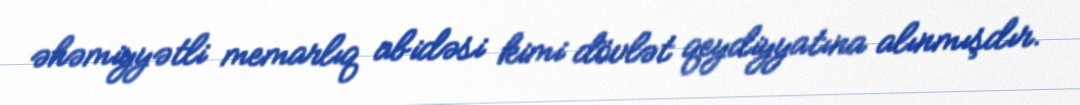
əhəmiyyətli memarlıq abidəsi kimi dövlət qeydiyyatına alınmışdır.